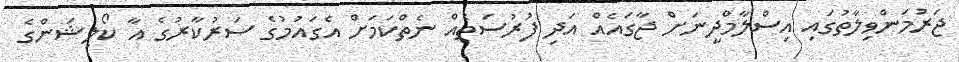
ޖަރުމަންވިލާތުގައި އިސްލާމްދީނަށް ޖާގައެއް އަދި ފުރުސަތެއް ނެތްކަމަށް އެގައުމުގެ ސަރުކާރުގެ އާ ކޯލިޝަންގެ